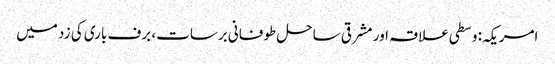
امریکہ: وسطی علاقہ اور مشرقی ساحل طوفانی برسات، برف باری کی زد میں